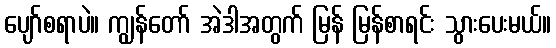
ပျော်စရာပဲ။ ကျွန်တော် အဲဒါအတွက် မြန် မြန်စာရင်း သွားပေးမယ်။